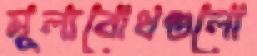
মূল্যবোধগুলো